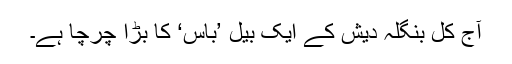
آج کل بنگلہ دیش کے ایک بیل ’باس‘ کا بڑا چرچا ہے۔